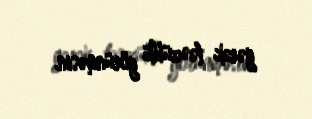
gərək təəccüblü görünməsin.